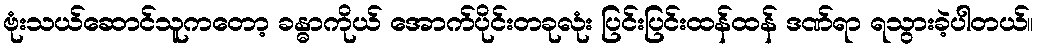
ဗုံးသယ်ဆောင်သူကတော့ ခန္ဓာကိုယ် အောက်ပိုင်းတခုလုံး ပြင်းပြင်းထန်ထန် ဒဏ်ရာ ရသွားခဲ့ပါတယ်။